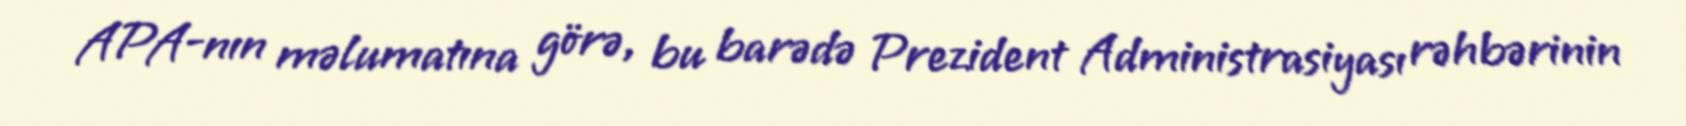
APA-nın məlumatına görə, bu barədə Prezident Administrasiyası rəhbərinin